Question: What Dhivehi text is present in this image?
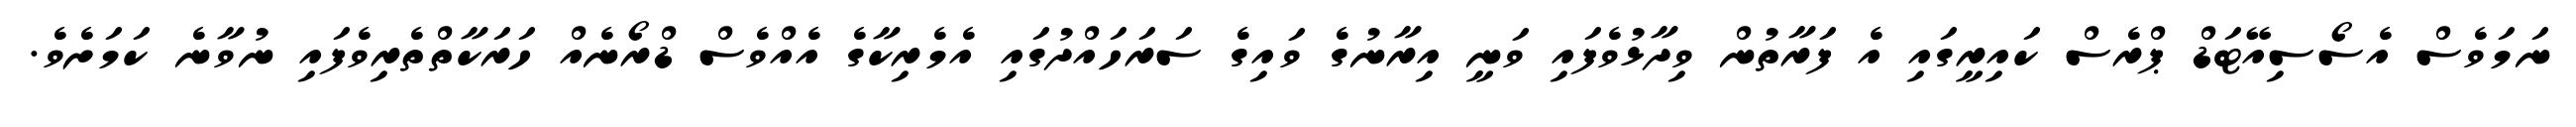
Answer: ނަމަވެސް އެސޯސިއޭޓަޑް ޕްރެސް ކައިރީގައި އެ ފަރާތުން ވިދާޅުވެފައި ވަނީ އިރާނުގެ ވައިގެ ސަރަހައްދުގައި އެމެރިކާގެ އެއްވެސް ޑްރޯނެއް ހަރަކާތްތެރިވެފައި ނުވާނެ ކަމަށެވެ.